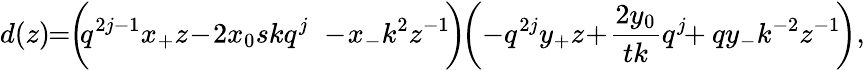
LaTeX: d(z)\! \! =\! \! \left(\! \! q^{2j-1}x_{+}z\! -\! 2x_{0}skq^{j}\phantom{\frac{q^{j}}{s}}\! \! \! \! \! \! -\! x_{-}k^{2}z^{-1}\! \right)\! \! \left(-q^{2j}y_{+}z\! +\! \frac{2y_{0}}{tk}q^{j}\! \! +qy_{-}k^{-2}z^{-1}\! \right),